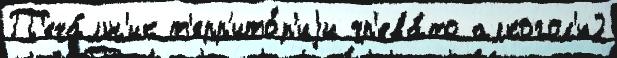
П'еча́льн'ик т'ерр'ито́р'иjи чр'ева́то алкогол'ю2